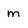
Character: m